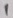
Text: 1